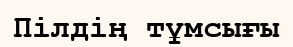
Пілдің тұмсығы